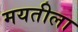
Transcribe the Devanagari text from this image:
मयतीला